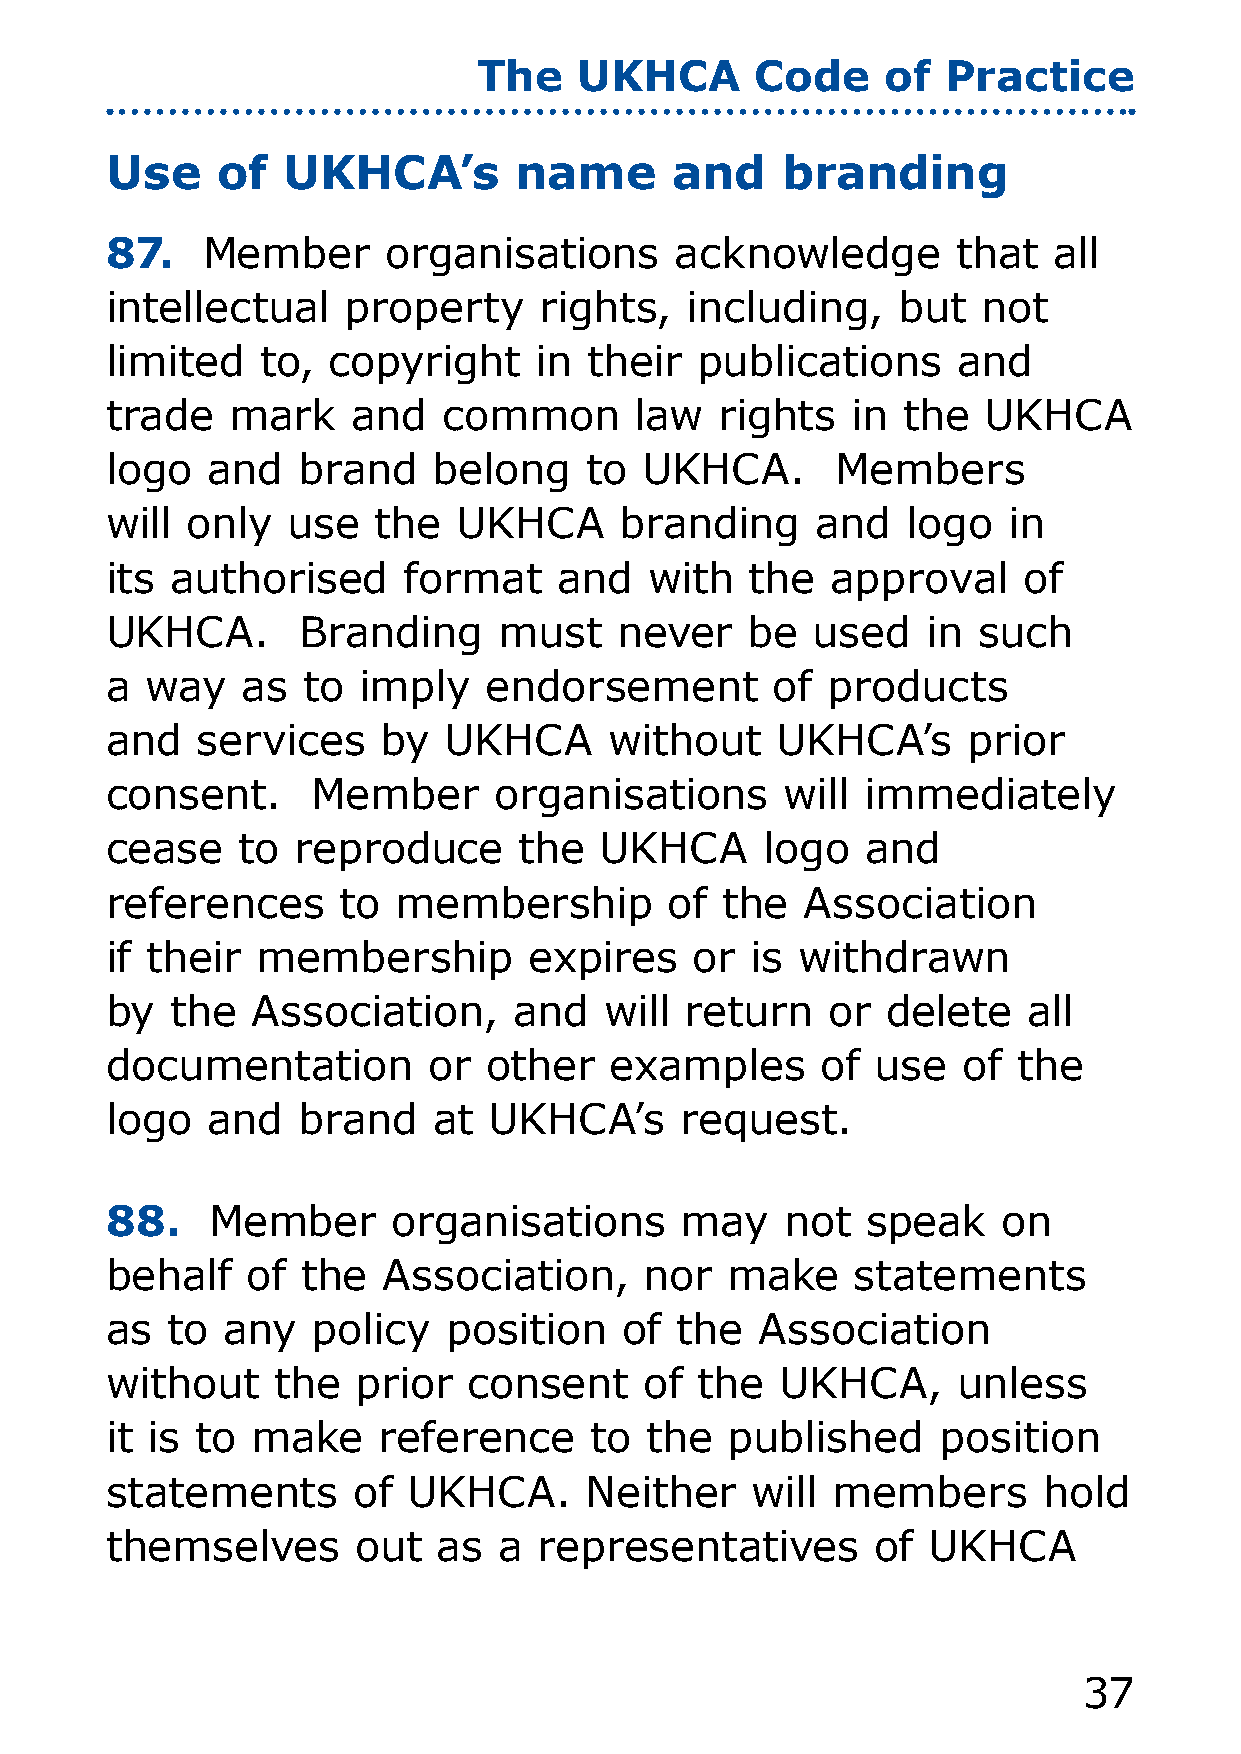
The   UKHCA       Code     of  Practice
 Use    of   UKHCA’s        name      and     branding
 87.   Member      organisations       acknowledge       that   all
 intellectual    property     rights,  including,    but   not
 limited   to,  copyright    in  their  publications     and
 trade   mark    and   common       law   rights  in  the  UKHCA
 logo   and   brand    belong    to  UKHCA.      Members
 will only   use   the  UKHCA      branding     and   logo   in
 its authorised      format    and   with   the  approval     of
 UKHCA.       Branding     must    never   be   used   in  such
 a  way   as  to  imply   endorsement        of  products
 and   services    by  UKHCA      without    UKHCA’s      prior
 consent.      Member      organisations      will immediately
 cease    to reproduce      the   UKHCA      logo  and
 references     to  membership        of  the  Association
 if their  membership        expires    or  is withdrawn
 by  the   Association,     and   will return    or  delete   all
 documentation        or  other   examples      of  use   of the
 logo   and   brand    at UKHCA’s      request.
 88.    Member      organisations      may    not  speak    on
 behalf   of  the  Association,      nor  make     statements
 as  to  any   policy   position   of  the  Association
 without    the   prior  consent     of the   UKHCA,     unless
 it is to  make    reference     to  the  published     position
 statements      of  UKHCA.      Neither    will members       hold
 themselves       out  as  a  representatives       of UKHCA
 37